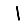
Digit: 1